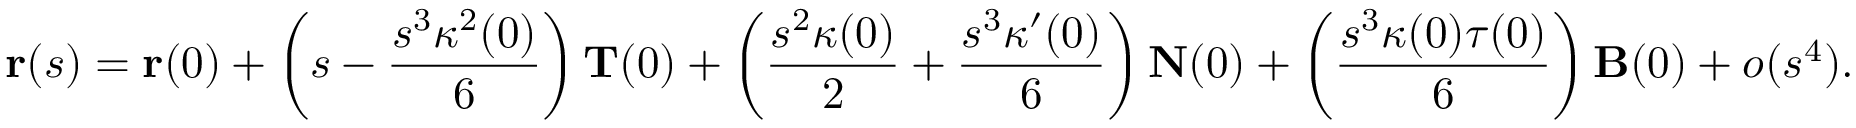
\mathbf { r } ( s ) = \mathbf { r } ( 0 ) + \left( s - { \frac { s ^ { 3 } \kappa ^ { 2 } ( 0 ) } { 6 } } \right) \mathbf { T } ( 0 ) + \left( { \frac { s ^ { 2 } \kappa ( 0 ) } { 2 } } + { \frac { s ^ { 3 } \kappa ^ { \prime } ( 0 ) } { 6 } } \right) \mathbf { N } ( 0 ) + \left( { \frac { s ^ { 3 } \kappa ( 0 ) \tau ( 0 ) } { 6 } } \right) \mathbf { B } ( 0 ) + o ( s ^ { 4 } ) .